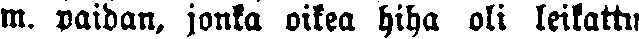
m. paidan, jonka oikea hiha oli leikattu